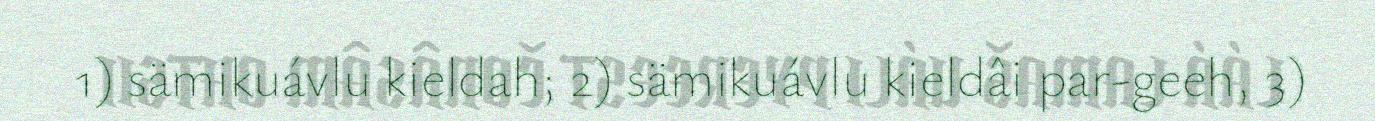
1) sämikuávlu kieldah; 2) sämikuávlu kieldâi par-geeh, 3)